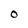
Character: O